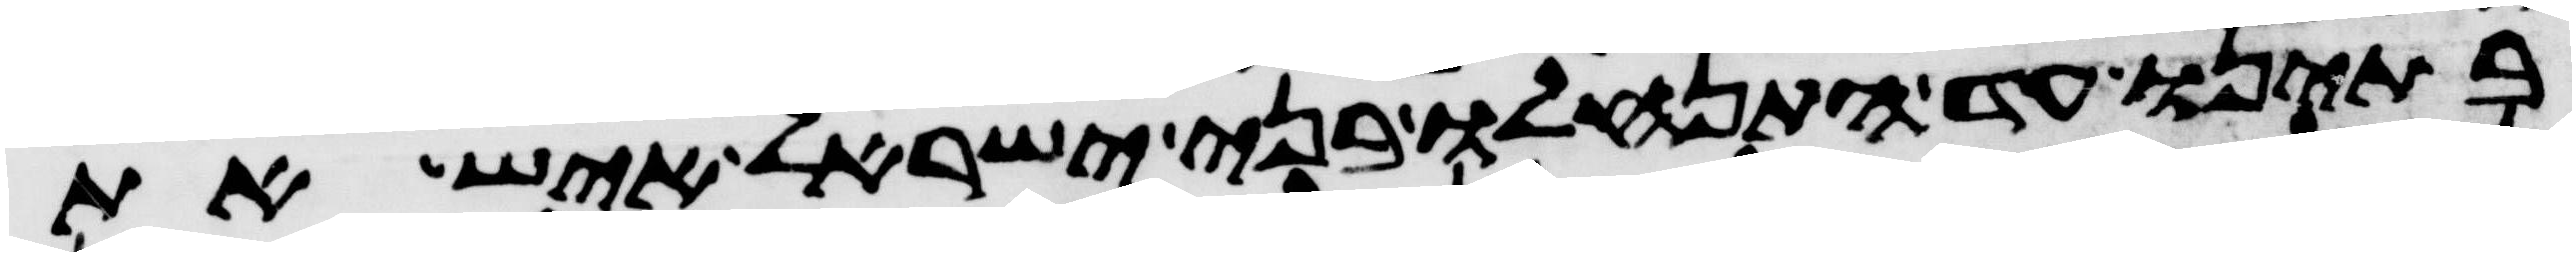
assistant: בתינו עד התנחלו בני ישראל איש את